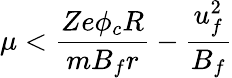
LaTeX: \mu<\frac{Ze\phi_{c}R}{mB_{f}r}-\frac{u_{f}^{2}}{B_{f}}